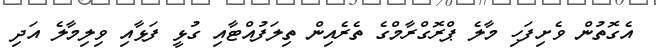
އެގޮތުން ވެށިފަހި މާލެ ޕްރޮގްރާމްގެ ތެރެއިން ތިލަފުއްޓާއި ގުޅީ ފަޅާއި ވިލިމާލެ އަދި